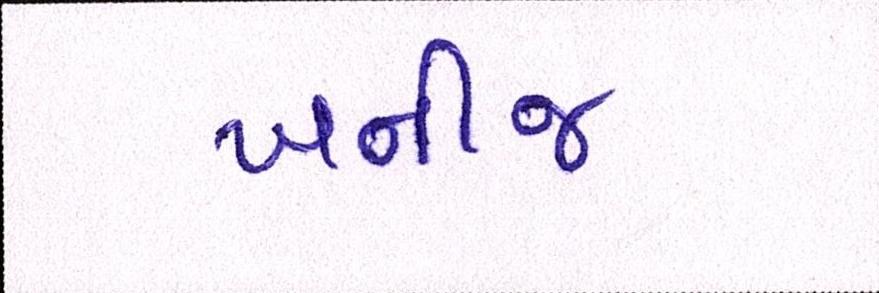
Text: ખનીજ